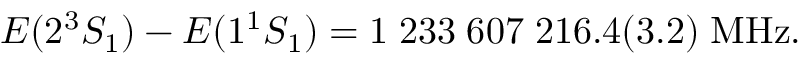
E ( 2 ^ { 3 } S _ { 1 } ) - E ( 1 ^ { 1 } S _ { 1 } ) = 1 \; 2 3 3 \; 6 0 7 \; 2 1 6 . 4 ( 3 . 2 ) \; \mathrm { M H z } .